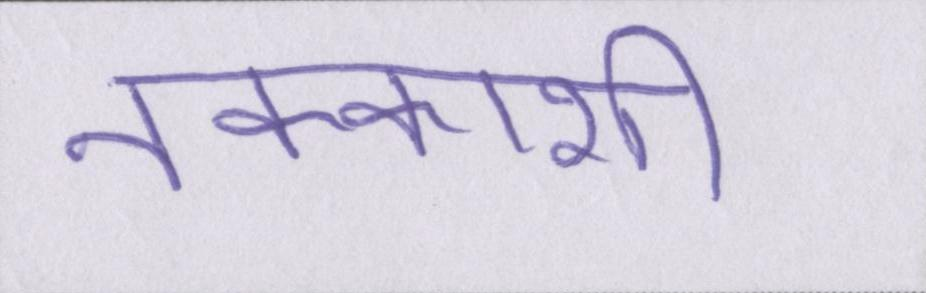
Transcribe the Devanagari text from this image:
नक्काशी